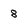
Character: 8